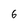
Character: 6